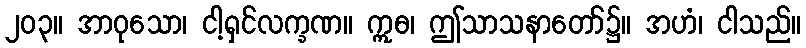
၂၀၃။ အာဝုသော၊ ငါ့ရှင်လက္ခဏ။ ဣဓ၊ ဤသာသနာတော်၌။ အဟံ၊ ငါသည်။